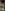
: